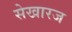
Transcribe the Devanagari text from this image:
सेखारज